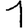
Digit: 1